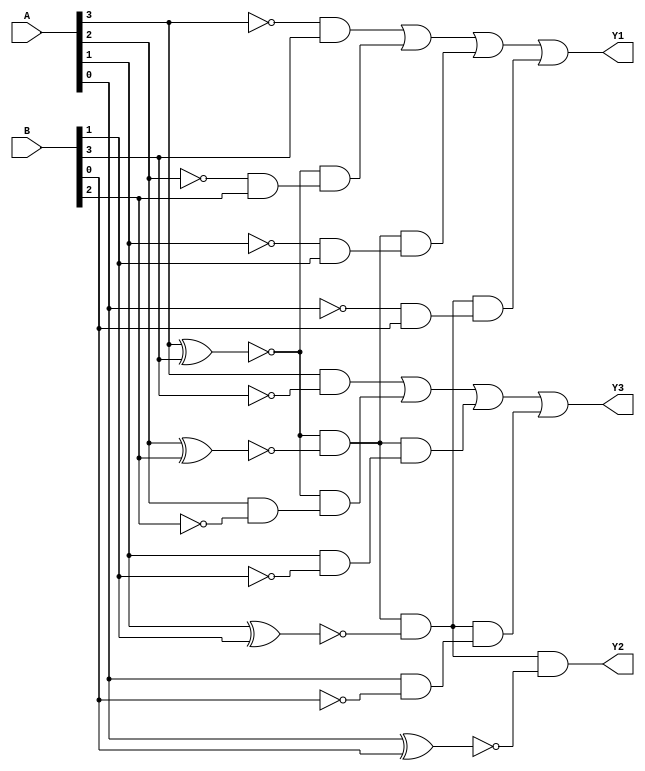
`timescale 1ns / 1ps
//////////////////////////////////////////////////////////////////////////////////
// Company: 
// Engineer: 
// 
// Design Name: 
// Module Name:    Mag_Comp_4bit 
// Project Name: 
// Target Devices: 
// Tool versions: 
// Description: 
//
// Dependencies: 
//
// Revision: 
// Revision 0.01 - File Created
// Additional Comments: 
//
//////////////////////////////////////////////////////////////////////////////////
module Mag_Comp_4bit(A,B,Y1,Y2,Y3
    );
input [3:0] A,B;
output Y1,Y2,Y3;


assign Y1=(~A[3])&B[3]|(~(A[3]^B[3]))&((~A[2])&(B[2]))|(~(A[3]^B[3]))&(~(A[2]^B[2]))&((~A[1])&B[1])|(~(A[3]^B[3]))&(~(A[2]^B[2]))&(~(A[1]^B[1]))&((~A[0])&B[0]);
assign Y2=(~(A[3]^B[3]))&(~(A[2]^B[2]))&(~(A[1]^B[1]))&(~(A[0]^B[0]));
assign Y3=A[3]&(~B[3])|(~(A[3]^B[3]))&(A[2]&(~B[2]))|(~(A[3]^B[3]))&(~(A[2]^B[2]))&(A[1]&(~B[1]))|(~(A[3]^B[3]))&(~(A[2]^B[2]))&(~(A[1]^B[1]))&(A[0]&(~B[0]));



endmodule